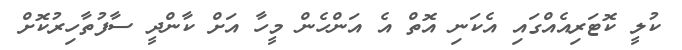
ކުލީ ކޮޓަރިއެއްގައި އެކަނި އޮތް އެ އަންހެން މީހާ އަށް ކާންދީ ސާފުތާހިރުކޮށް